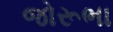
જોરૂભા